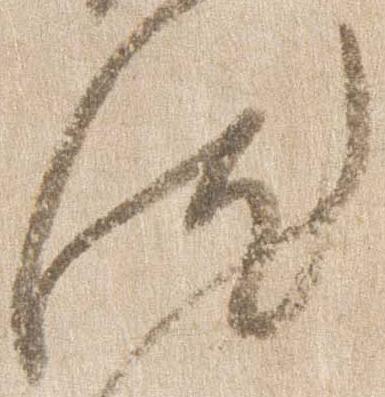
汰